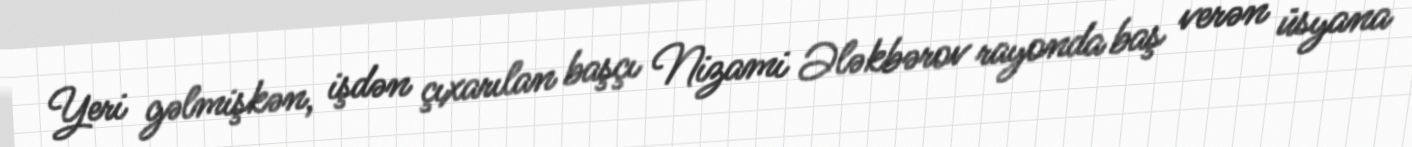
Yeri gəlmişkən, işdən çıxarılan başçı Nizami Ələkbərov rayonda baş verən üsyana